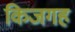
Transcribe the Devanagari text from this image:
किजगह